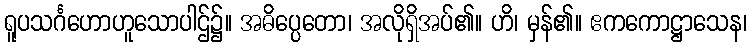
ရူပသင်္ဂဟောဟူသောပါဌ်၌။ အဓိပ္ပေတော၊ အလိုရှိအပ်၏။ ဟိ၊ မှန်၏။ ဧကကောဋ္ဌာသေန၊